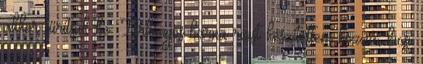
akkor sűrítsük be. Tárkonyos barna rizst készítettem hozzá, kicsi